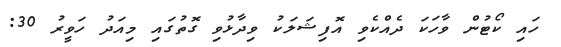
ހައި ކޯޓުން ވާހަކަ ދެއްކެވި އޮފިޝަލަކު ވިދާޅުވި ގޮތުގައި މިއަދު ހަވީރު 30: